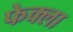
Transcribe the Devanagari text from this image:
फेक्ला